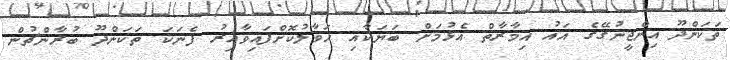
ތަކަންދޫ އިންޖީނުގޭގެ އައު އިމާރާތް އެޅުމަށް ބަޔަކާއި ހަވާލުކޮށްފައިވާއިރު ފެނަކަ ތަކަންދޫ ބުރާންޗުން